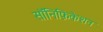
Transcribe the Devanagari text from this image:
सॉनिफ़िकेशन